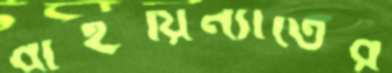
বাইয়িন্যাতের